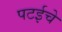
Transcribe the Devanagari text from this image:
पटईचे